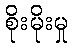
စိုးမိုးမှု